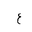
Letter: _ayn